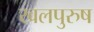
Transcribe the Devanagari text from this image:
खलपुरुष